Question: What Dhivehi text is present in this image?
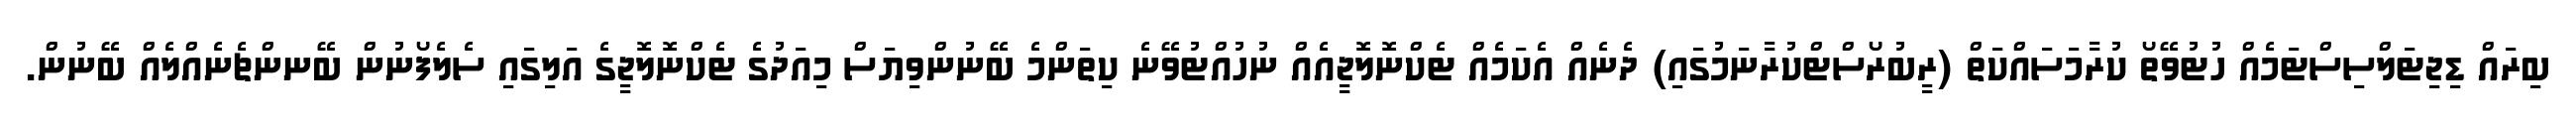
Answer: ބިރައް ޑިޖިޓަލްސިސްޓަމެއް ހުޓުވޭތޯ ކުރާމަސައްކަތް (ރީބުރޯސްޓްކުރާނަމުގައި) ދެނެއް އެކަމެއް ޓެކްނޮލޮޖީއެއް ނުހުއްޓުވޭނެ ކިތަންމެ ބޭނުންވިޔަސް މިއަދުގެ ޓެކްނޮލޮޖީގެ އަލިގައި ސެލެފޯނުން ބޭނންޗެނެއްލެއް ބޭނުން.